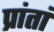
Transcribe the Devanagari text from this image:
प्रांतां